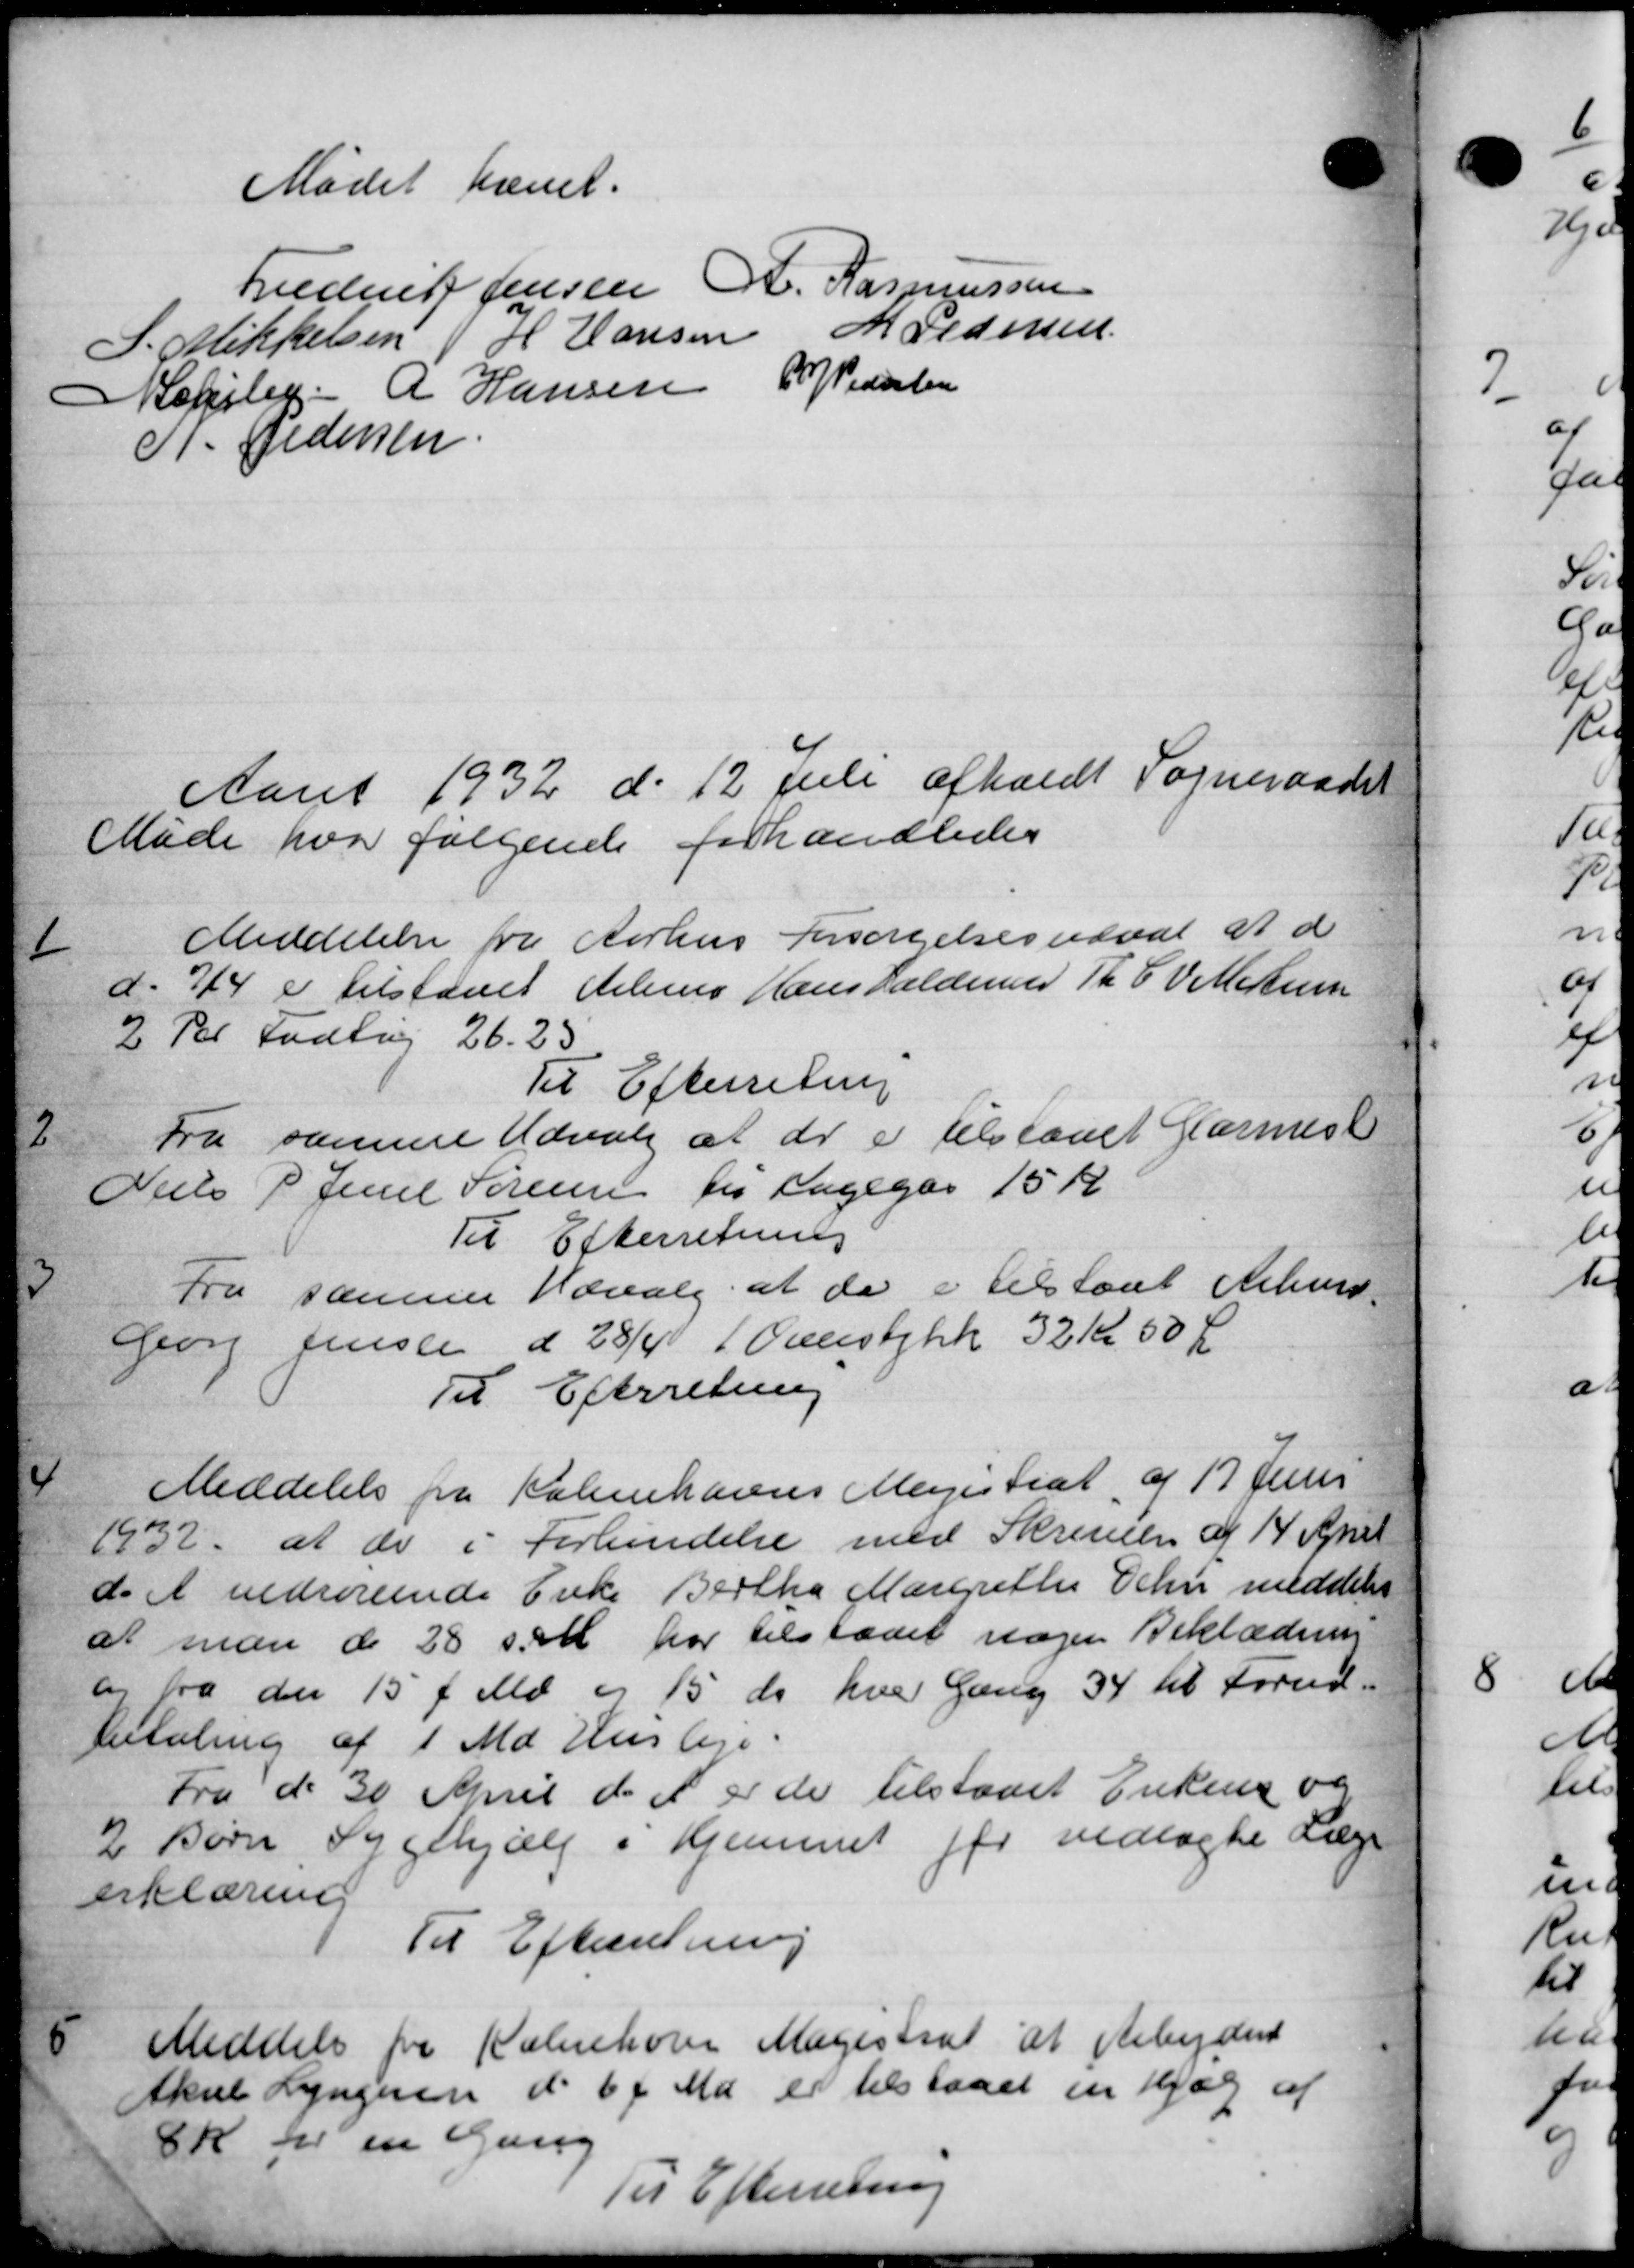
Transskription:
Mødet hævet.
Freders Jensen A. Rasmussen
P. Mikkelsen H Hansen M Pedersen
Mapsby. A Hansen
P Pedersen
N. Pedersen
Aaret 1932 d. 12 Juli afholdt Sogneraadet
Møde hvor følgende forhandledes
1
Meddelelse fra Aarhus Forsørgelsesvævet at d
d. 7/4 er tilstaaet Helms Hans Valdemmed R. C. V. Martem
2 Per Fodbog 26.25
Til Efterretning
2
Fra samme Udvalg at der er tilstaaet Garmes
Niels P Jense Sørensen til Lagegår 15 Kr.
Til Efterretning
3
Fra samme Udvalg at de i tilstaae Århus-
Don Jensee d 28/4 i Overstykk 32 Kr 50 Ør
Til Efterretning
4
Meddelelse fra Københavns Magistrat af 17 Juni
1932, at de i Forbindelse med Skrivelse af 14 April
d. A vedrørende Enke Bertha Margrethe Schn meddeler
at man de 28 d. M. har tilstaaet nogen Beklædning
og fra den 15 f. Md. og 15 ds. hver Gang 34 til Forud-
betaling af 1 Md Husleje.
Fra d. 30 April d. A. er de tilstaaet Enkens og
2 Børn Sygehjælp i Hjemmet for vedlagte Læge
erklæring
Til Efterretning
5
Meddele for Kalenehover Magistrat at Arbejder
Aksel Lyngeren d. 6 f. Md. er tilstaaet en Hjælp af
8 K for en Gang
Til Efterretning